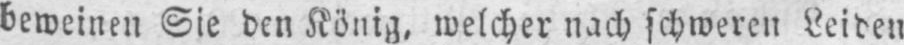
beweinen Sie den König, welcher nach schweren Leiden